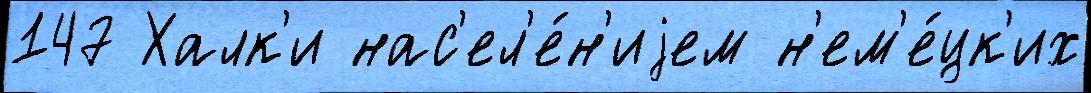
147 Халк'и нас'ел'е́н'иjем н'ем'е́цк'их